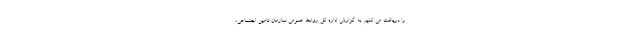
را دریافت می کنیم. به گزارش اداره کل روابط عمومی سازمان تامین اجتماعی،